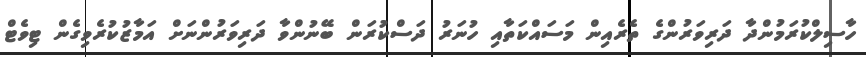
ހާސިލްކުރަމުންދާ ދަރިވަރުންގެ ތެރެއިން މަސައްކަތާއި ހުނަރު ދަސްކުރަން ބޭނުންވާ ދަރިވަރުންނަށް އަމާޒުކުރެވިގެން ޓިވެޓް